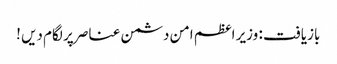
بازیافت : وزیر اعظم امن دشمن عناصر پر لگام دیں !